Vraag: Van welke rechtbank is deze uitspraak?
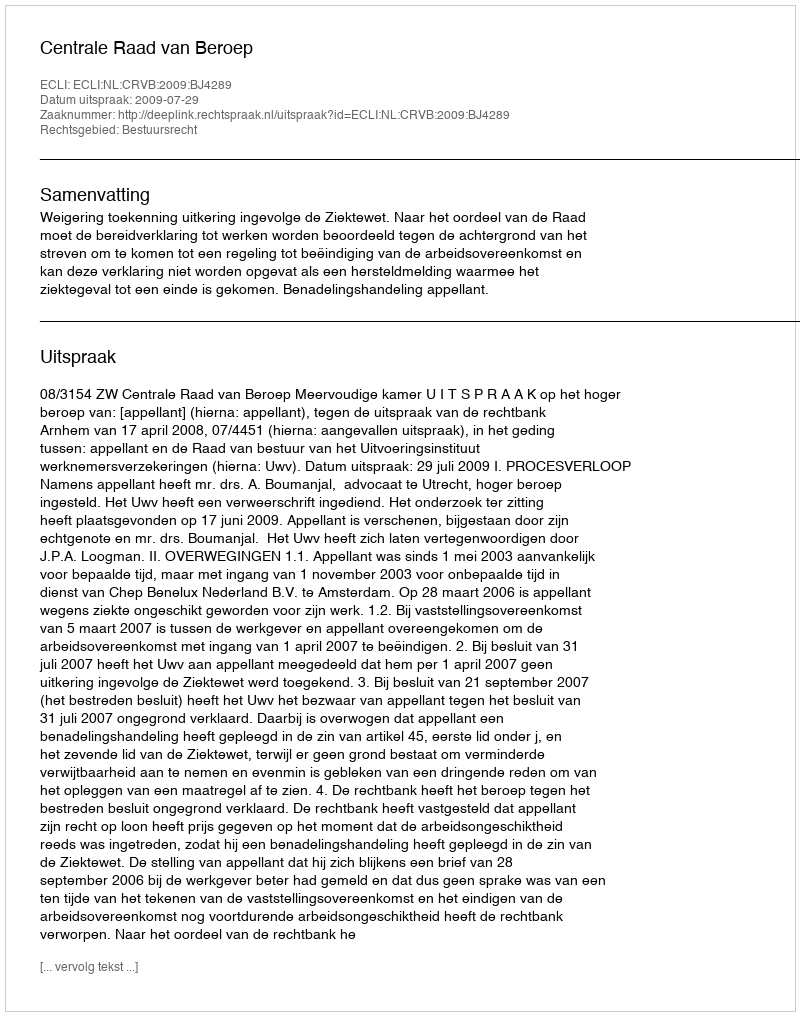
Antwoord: Centrale Raad van Beroep